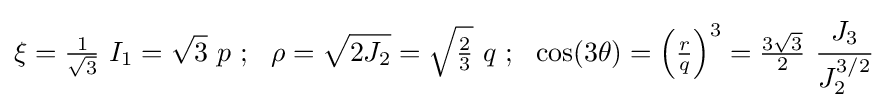
\xi ={\tfrac {1}{\sqrt {3}}}~I_{1}={\sqrt {3}}~p~;~~\rho ={\sqrt {2J_{2}}}={\sqrt {\tfrac {2}{3}}}~q~;~~\cos(3\theta )=\left({\tfrac {r}{q}}\right)^{3}={\tfrac {3{\sqrt {3}}}{2}}~{\cfrac {J_{3}}{J_{2}^{3/2}}}